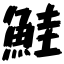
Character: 鮭